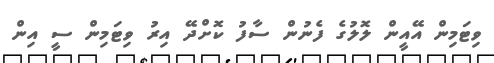
ވިޓަމިން އޭއީން ލޮލުގެ ފެނުން ސާފު ކޮށްދޭ އިރު ވިޓަމިން ސީ އިން